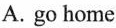
A. go home